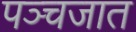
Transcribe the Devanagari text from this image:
पञ्चजात